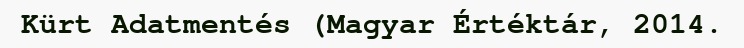
Kürt Adatmentés (Magyar Értéktár, 2014.